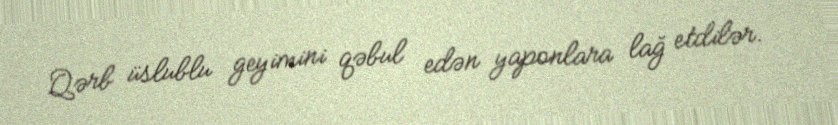
Qərb üslublu geyimini qəbul edən yaponlara lağ etdilər.